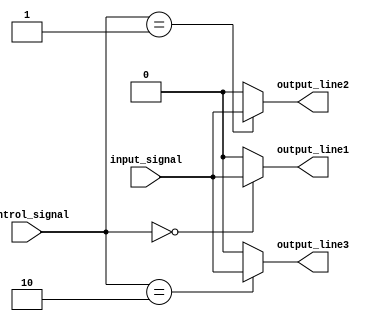
module demultiplexer (
    input wire input_signal,
    input wire [1:0] control_signal,
    output reg output_line1,
    output reg output_line2,
    output reg output_line3
);
    
always @* begin
    case (control_signal)
        2'b00: begin
            output_line1 = input_signal;
            output_line2 = 0;
            output_line3 = 0;
        end
        2'b01: begin
            output_line1 = 0;
            output_line2 = input_signal;
            output_line3 = 0;
        end
        2'b10: begin
            output_line1 = 0;
            output_line2 = 0;
            output_line3 = input_signal;
        end
        default: begin
            output_line1 = 0;
            output_line2 = 0;
            output_line3 = 0;
        end
    endcase
end

endmodule